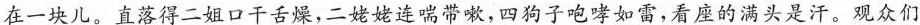
在一块儿。直落得二姐口干舌燥，二姥姥连喘带嗽，四狗子咆哮如雷，看座的满头是汗。观众们